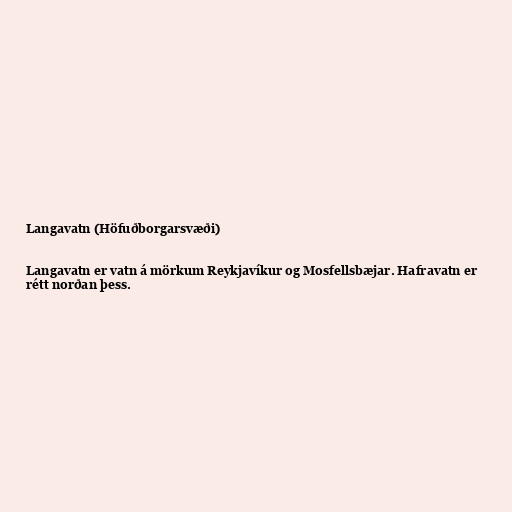
Langavatn (Höfuðborgarsvæði)

Langavatn er vatn á mörkum Reykjavíkur og Mosfellsbæjar. Hafravatn er
rétt norðan þess.